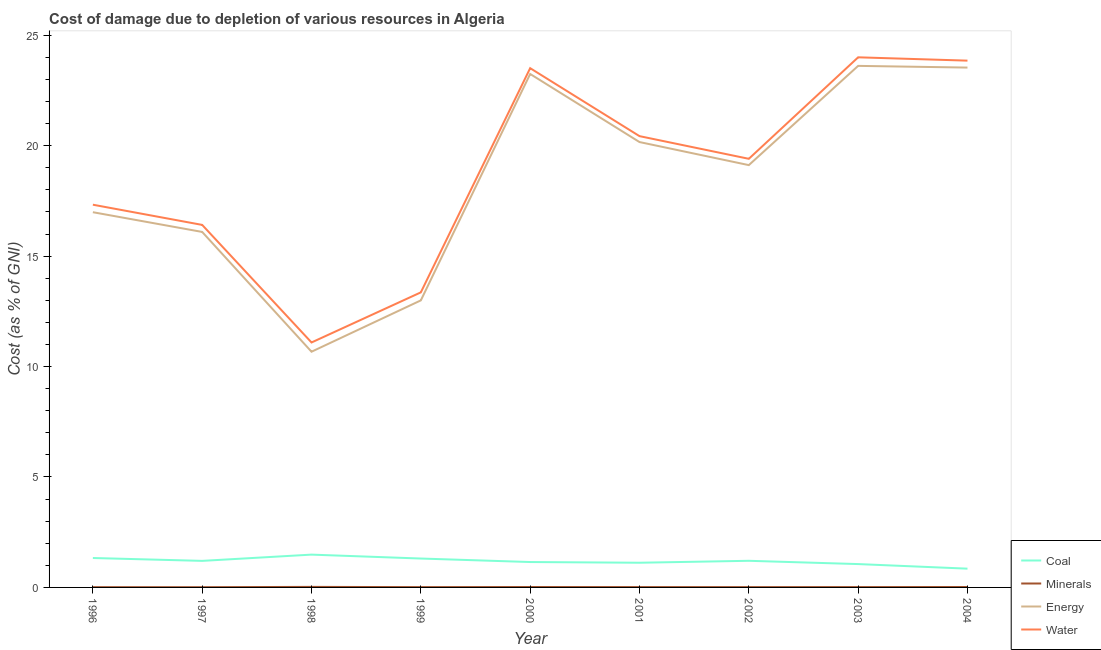
| Year | Coal | Minerals | Energy | Water |
 | --- | --- | --- | --- | --- |
 | 1996 | 1.33 | 0.0125 | 17 | 17.3 |
 | 1997 | 1.2 | 0.0107 | 16.1 | 16.4 |
 | 1998 | 1.49 | 0.0241 | 10.7 | 11.1 |
 | 1999 | 1.31 | 0.0142 | 13 | 13.4 |
 | 2000 | 1.15 | 0.0186 | 23.2 | 23.5 |
 | 2001 | 1.12 | 0.0154 | 20.2 | 20.4 |
 | 2002 | 1.21 | 0.0144 | 19.1 | 19.4 |
 | 2003 | 1.06 | 0.0156 | 23.6 | 24 |
 | 2004 | 0.85 | 0.019 | 23.5 | 23.9 |